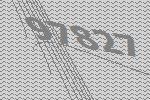
97827